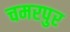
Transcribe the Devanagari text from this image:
चमरपुर